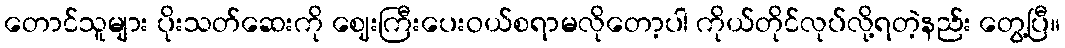
တောင်သူများ ပိုးသတ်ဆေးကို ဈေးကြီးပေးဝယ်စရာမလိုတော့ပါ ကိုယ်တိုင်လုပ်လို့ရတဲ့နည်း တွေ့ပြီ။